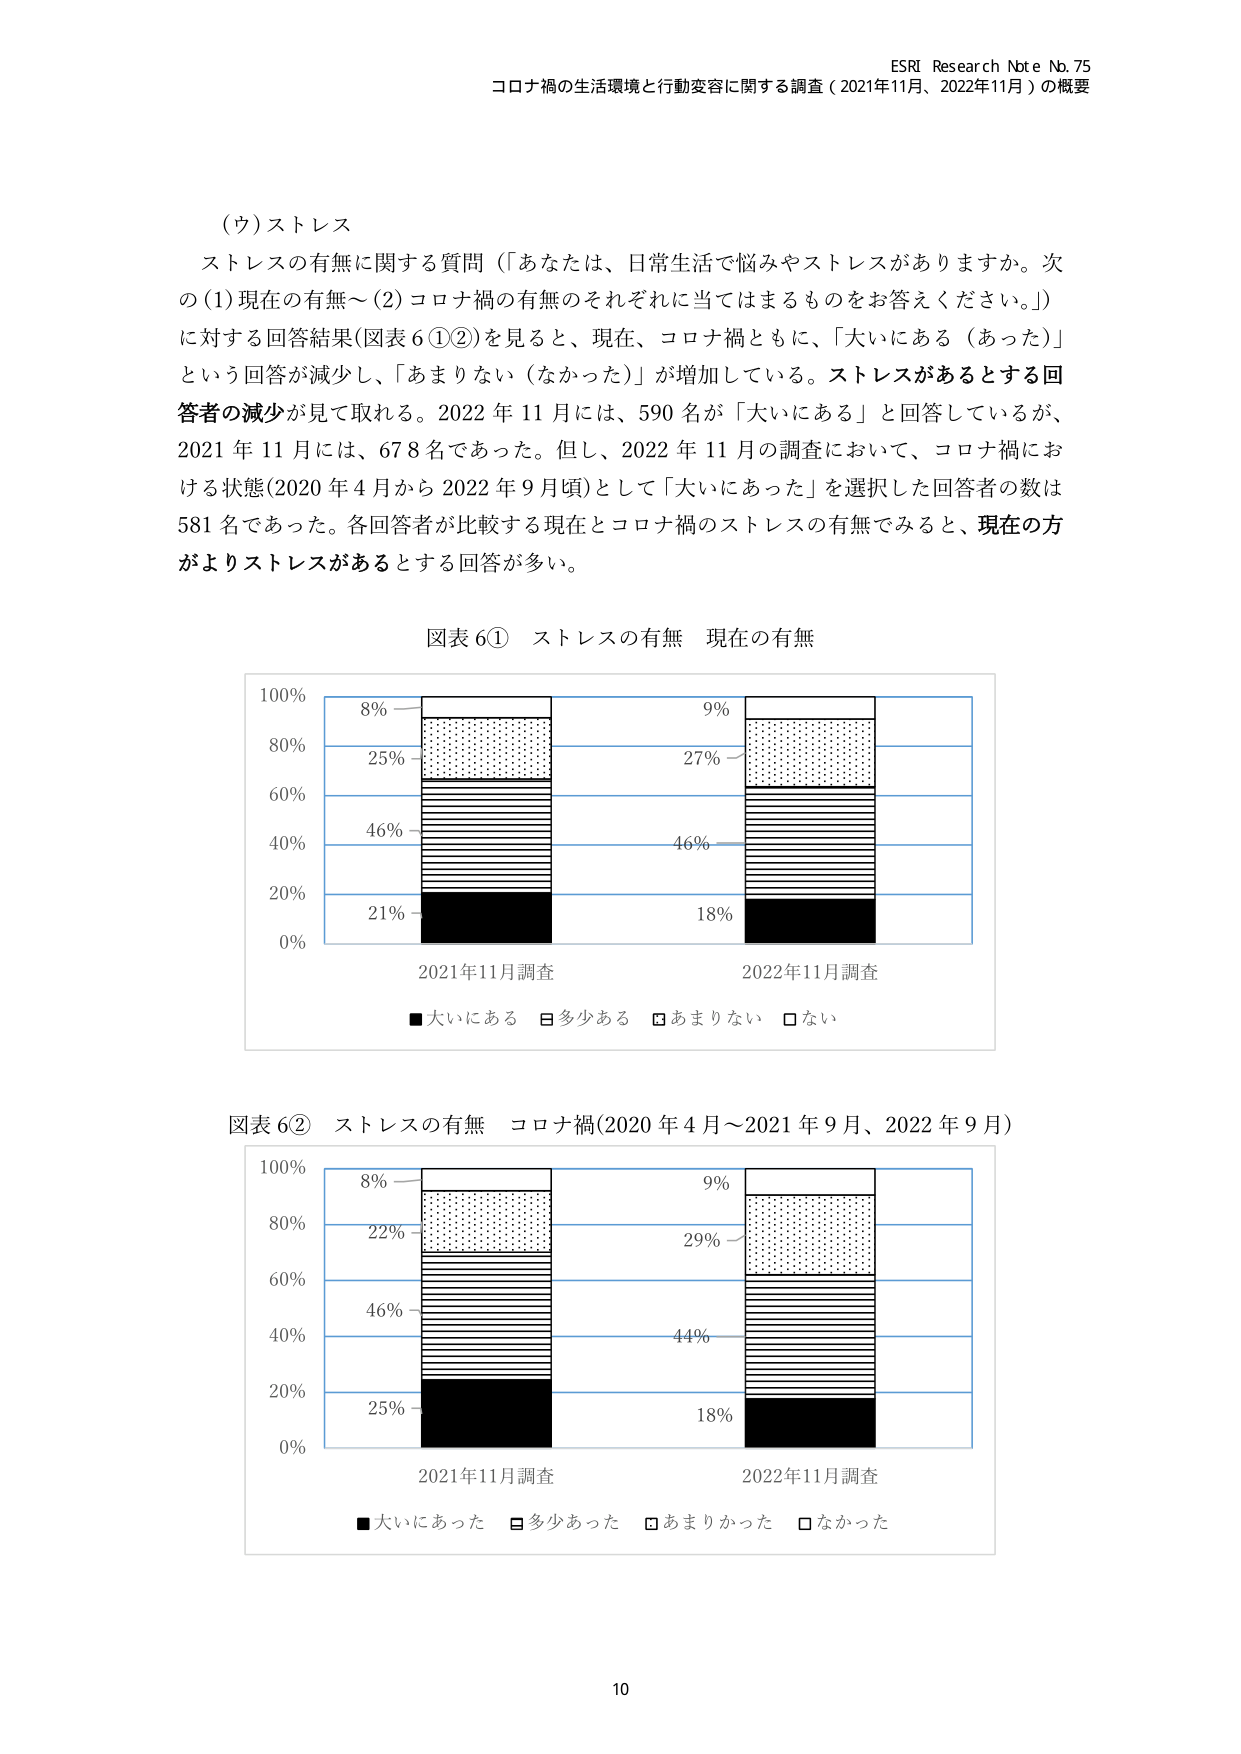
ESRI Research Note No. 75
コロナ禍の生活環境と行動変容に関する調査（2021年11月、2022年11月）の概要

（ウ）ストレス
ストレスの有無に関する質問（「あなたは、日常生活で悩みやストレスがありますか。次の(1)現在の有無～(2)コロナ禍の有無のそれぞれに当てはまるものをお答えください。」）に対する回答結果(図表6①②)を見ると、現在、コロナ禍ともに、「大いにある（あった）」という回答が減少し、「あまりない（なかった）」が増加している。ストレスがあるとする回答者の減少が見て取れる。2022年11月には、590名が「大いにある」と回答しているが、2021年11月には、678名であった。但し、2022年11月の調査において、コロナ禍における状態(2020年4月から2022年9月頃)として「大いにあった」を選択した回答者の数は581名であった。各回答者が比較する現在とコロナ禍のストレスの有無でみると、現在の方がよりストレスがあるとする回答が多い。

図表6① ストレスの有無 現在の有無
100%
8%
25%
46%
21%
0%
2021年11月調査
2022年11月調査
9%
27%
46%
18%
■大いにある □多少ある □あまりない □ない

図表6② ストレスの有無 コロナ禍(2020年4月～2021年9月、2022年9月)
100%
8%
22%
46%
25%
0%
2021年11月調査
2022年11月調査
9%
29%
44%
18%
■大いにあった □多少あった □あまりかった □なかった

10